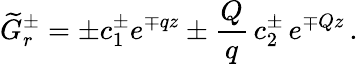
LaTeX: \widetilde{G}_{r}^{\pm}=\pm c_{1}^{\pm}e^{\mp qz}\pm\frac{Q}{q}\, c_{2}^{\pm}\, e^{\mp Qz}\, .